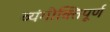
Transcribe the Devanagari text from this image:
व्यंगोक्तिपूर्ण